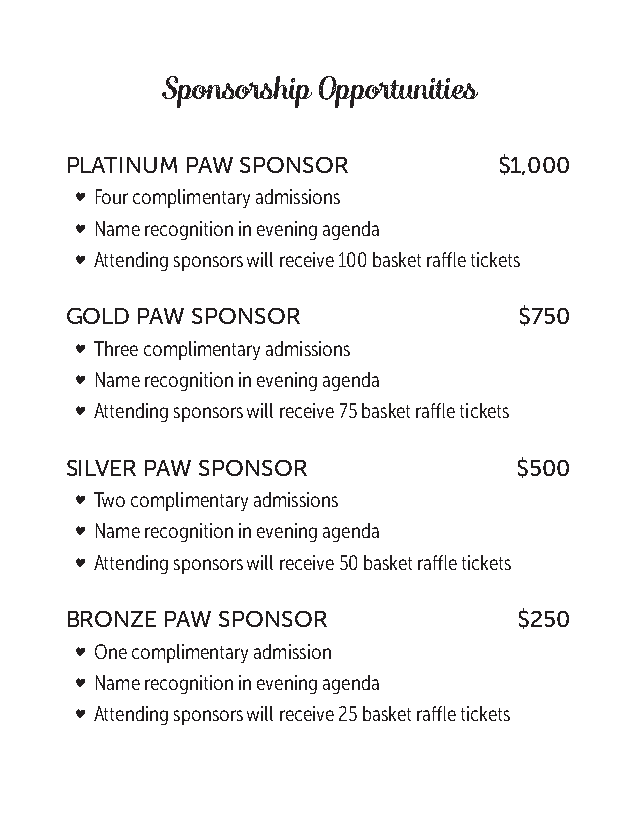
Sponsorship Opportunities
 PLATINUM PAW SPONSOR         $1,000
 v
 Four complimentary admissions
 v
 Name recognition in evening agenda
 v
 Attending sponsors will receive 100 basket raffle tickets
 GOLD PAW SPONSOR              $750
 v
 Three complimentary admissions
 v
 Name recognition in evening agenda
 v
 Attending sponsors will receive 75 basket raffle tickets
 SILVER PAW SPONSOR            $500
 v
 Two complimentary admissions
 v
 Name recognition in evening agenda
 v
 Attending sponsors will receive 50 basket raffle tickets
 BRONZE PAW SPONSOR            $250
 v
 One complimentary admission
 v
 Name recognition in evening agenda
 v
 Attending sponsors will receive 25 basket raffle tickets